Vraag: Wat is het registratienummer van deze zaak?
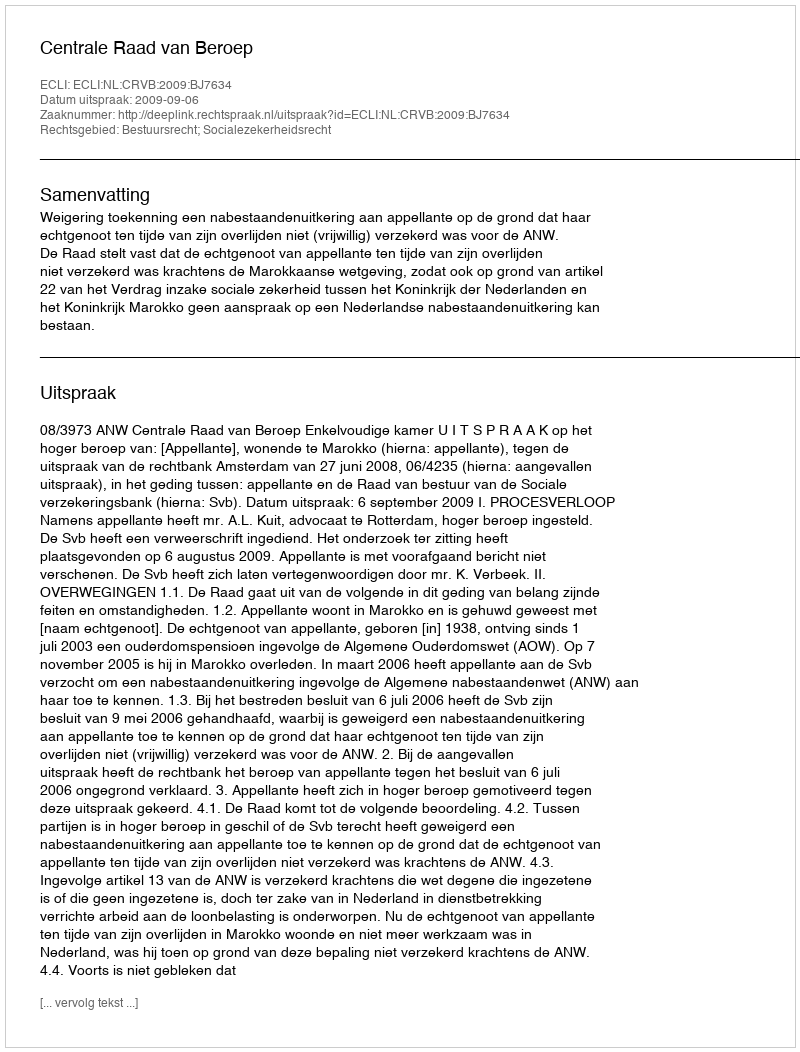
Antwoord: http://deeplink.rechtspraak.nl/uitspraak?id=ECLI:NL:CRVB:2009:BJ7634